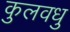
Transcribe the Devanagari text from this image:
कुलवधु